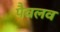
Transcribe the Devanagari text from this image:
पैवलव